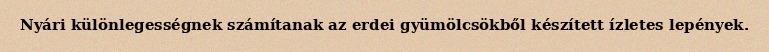
Nyári különlegességnek számítanak az erdei gyümölcsökből készített ízletes lepények.